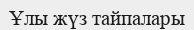
Ұлы жүз тайпалары